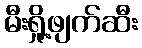
မီးရှို့ဖျက်ဆီး